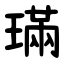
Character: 璊